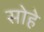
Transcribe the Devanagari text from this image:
सोहे